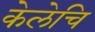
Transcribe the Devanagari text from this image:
केलेचि